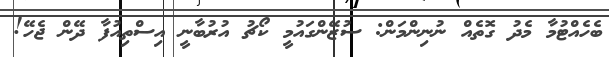
ބެހެއްޓުމާ މެދު ގޮތެއް ނުނިންމަން: ސުޒޭންގައުމީ ކޯޗު އުރުބާނީ އިސްތިއުފާ ދޭން ޖެހޭ!